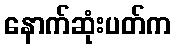
နောက်ဆုံးပတ်က